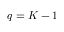
q = K - 1